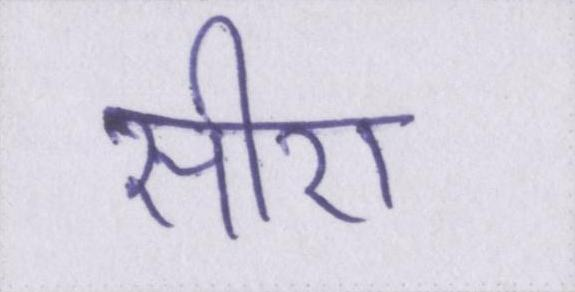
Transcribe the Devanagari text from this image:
सीरा